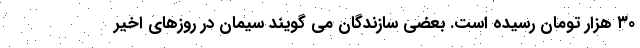
۳۰ هزار تومان رسیده است. بعضی سازندگان می گویند سیمان در روزهای اخیر